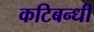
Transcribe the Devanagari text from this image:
कटिबन्धी